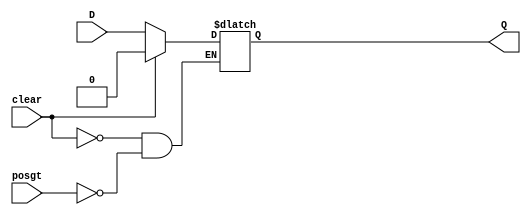
`timescale 1ns / 1ps

// Design Name: EXAMPLE (8) --->>  Write Verilog code for a latch with a positive gate and an asynchronous clear.

module Example7(Q, D, posgt, clear);
output Q;
input D, posgt, clear;
reg Q;
always@(D or posgt or clear)
begin
if(clear)
Q <= 1'b0;
else if (posgt==1'b1)
Q <= D;
end
endmodule